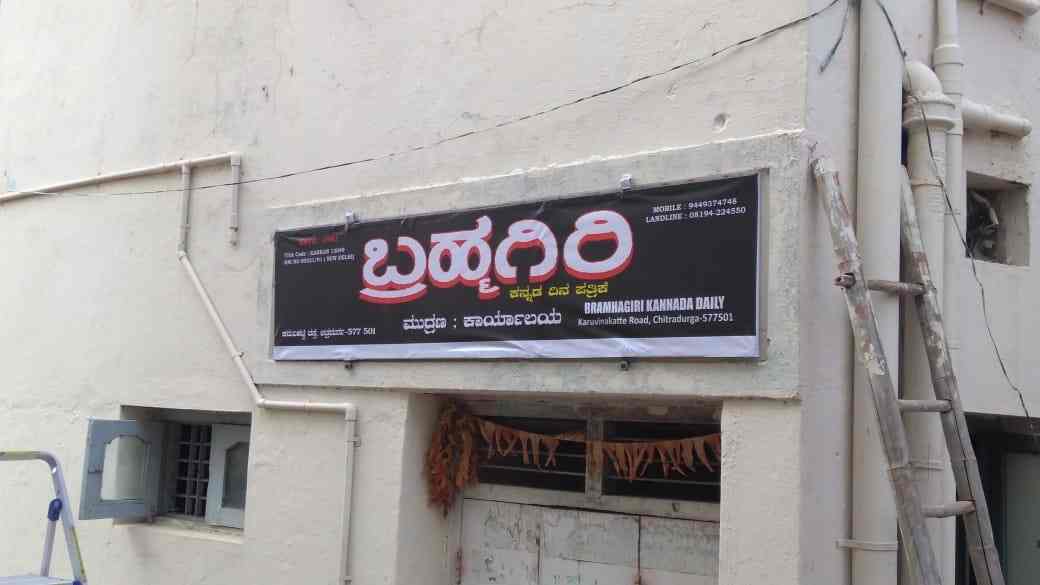
Language: kannada
Transcription: ಬ್ರಹ್ಮಗಿರಿ ಮುದ್ರಣ ಕಾರ್ಯಾಲಯ